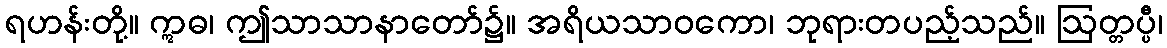
ရဟန်းတို့။ ဣဓ၊ ဤသာသာနာတော်၌။ အရိယသာဝကော၊ ဘုရားတပည့်သည်။ ဩတ္တပ္ပီ၊